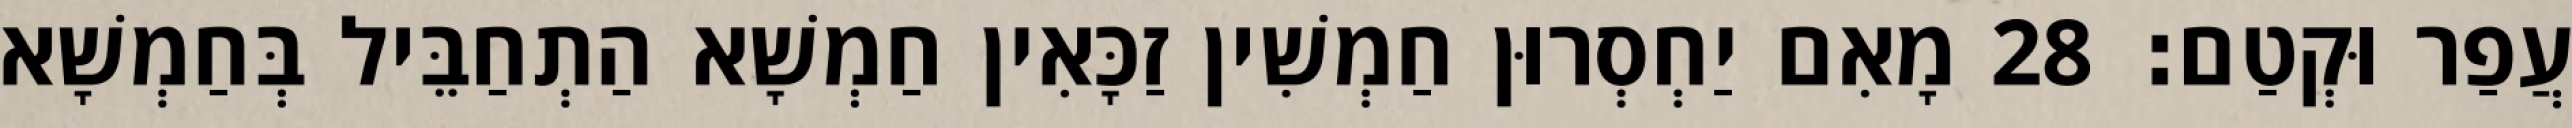
עֲפַר וּקְטַם׃ 28 מָאִם יַחְסְרוּן חַמְשִׁין זַכָּאִין חַמְשָׁא הַתְחַבֵּיל בְּחַמְשָׁא